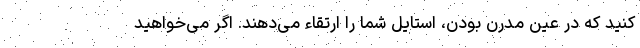
کنید که در عین مدرن بودن، استایل شما را ارتقاء می‌دهند. اگر می‌خواهید